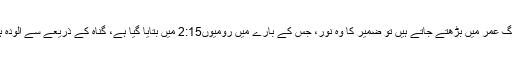
جوں جوں لوگ عمر میں بڑھتے جاتے ہیں تو ضمیر کا وہ نور، جس کے بارے میں رومیوں2:15 میں بتایا گیا ہے، گناہ کے ذریعے سے آلودہ ہوتا جاتا ہے۔